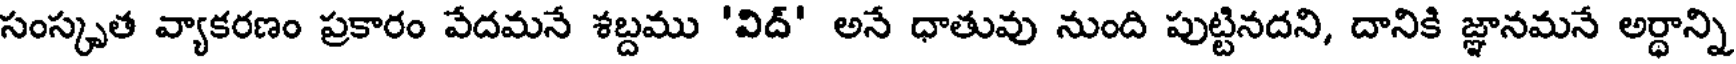
సంస్కృత వ్యాకరణం ప్రకారం వేదమనే శబ్దము 'విద్' అనే ధాతువు నుంది పుట్టినదని, దానికి జ్ఞానమనే అర్ధాన్ని